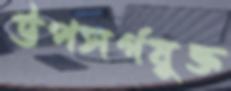
উপসর্গযুক্ত